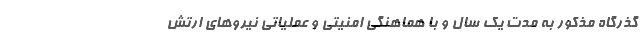
گذرگاه مذکور به مدت یک سال و با هماهنگی امنیتی و عملیاتی نیروهای ارتش